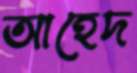
আহেদ